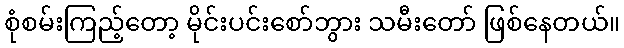
စုံစမ်းကြည့်တော့ မိုင်းပင်းစော်ဘွား သမီးတော် ဖြစ်နေတယ်။